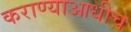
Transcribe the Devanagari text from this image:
कराण्याआधीच